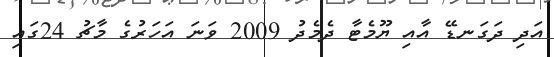
އަދި ދަގަނޑޭ އާއި ޔޫމެޓާ ދެމެދު 2009 ވަނަ އަހަރުގެ މާޗު 24ގައި